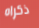
ذكراه